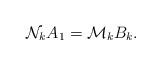
LaTeX: \begin{align*}\mathcal{N}_{k} A_{1} = \mathcal{M}_{k} B_{k}.\end{align*}